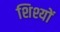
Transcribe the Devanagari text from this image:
शिश्यों